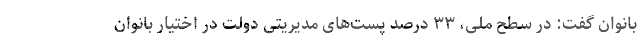
بانوان گفت: در سطح ملی، ۳۳ درصد پست‌های مدیریتی دولت در اختیار بانوان